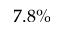
7 . 8 \%